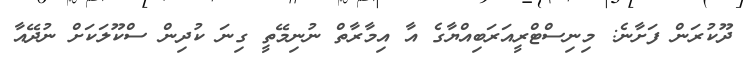
ދޫކުރަން ފަށާނެ: މިނިސްޓްރީއަރަބިއްޔާގެ އާ އިމާރާތް ނުނިމޭތީ ގިނަ ކުދިން ސްކޫލަކަށް ނުދޭއާ